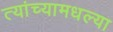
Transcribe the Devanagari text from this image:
त्यांच्यामधल्या